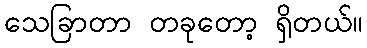
သေခြာတာ တခုတော့ ရှိတယ်။